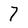
Character: 7